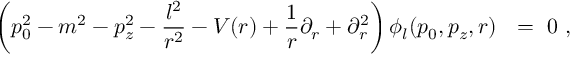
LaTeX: \left( p _ { 0 } ^ { 2 } - m ^ { 2 } - p _ { z } ^ { 2 } - \frac { l ^ { 2 } } { r ^ { 2 } } - V ( r ) + \frac 1 r \partial _ { r } + \partial _ { r } ^ { 2 } \right) \phi _ { l } ( p _ { 0 } , p _ { z } , r ) \ \ = \ 0 \ ,